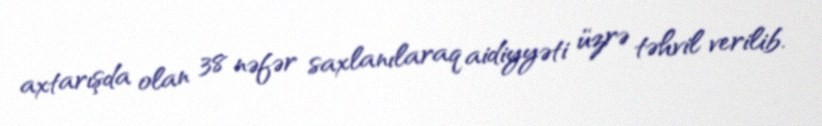
axtarışda olan 38 nəfər saxlanılaraq aidiyyəti üzrə təhvil verilib.